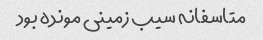
متاسفانه سیب زمینی مونده بود